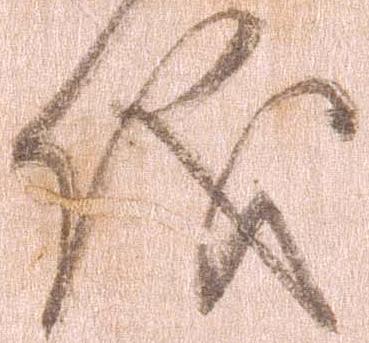
儀